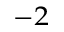
^ { - 2 }